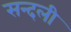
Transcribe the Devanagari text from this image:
सन्दली